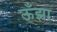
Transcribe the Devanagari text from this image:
ऊँझा